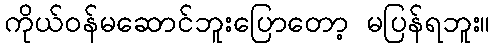
ကိုယ်ဝန်မဆောင်ဘူးပြောတော့ မပြန်ရဘူး။